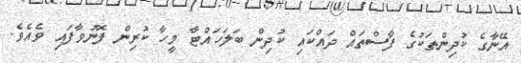
އޭނާގެ ކުދިންތަކުގެ ފާސްތައް ދައްކައި ކުދިން ބަލަހައްޓާ މީހާ ކުރިން ފޮނުވާފައި ވެއެވެ.